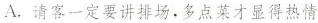
A.请客一定要讲排场，多点菜才显得热情